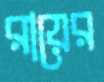
রায়ের